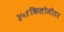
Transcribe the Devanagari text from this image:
३५१किलोमीटर